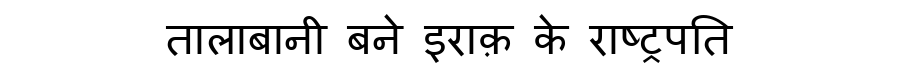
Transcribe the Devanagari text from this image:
तालाबानी बने इराक़ के राष्ट्रपति